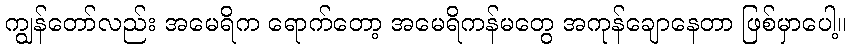
ကျွန်တော်လည်း အမေရိက ရောက်တော့ အမေရိကန်မတွေ အကုန်ချောနေတာ ဖြစ်မှာပေါ့။